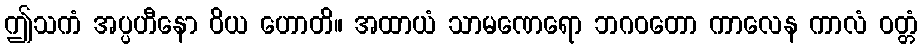
ဤသကံ အပ္ပဟီနော ဝိယ ဟောတိ။ အထာယံ သာမဏေရော ဘဂဝတော ကာလေန ကာလံ ဝတ္တံ